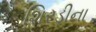
શિરડીના